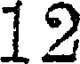
12